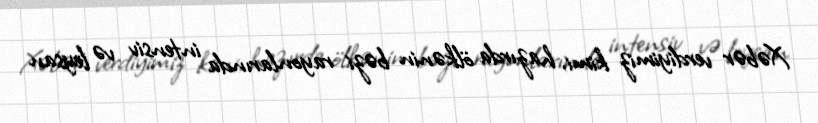
Xəbər verdiyimiz kimi, hazırda ölkənin bəzi rayonlarında intensiv və leysan